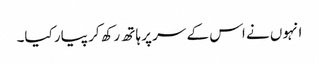
انہوں نے اس کے سر پر ہاتھ رکھ کر پیار کیا۔